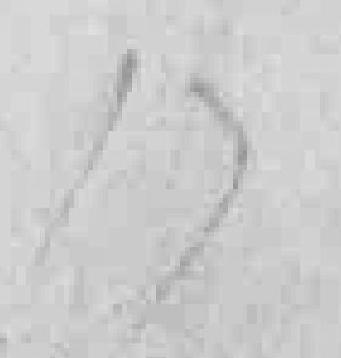
17